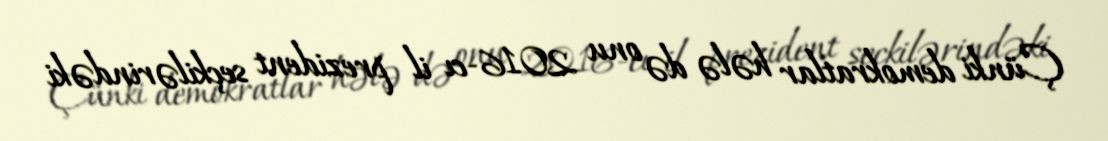
Çünki demokratlar hələ də onu 2016-cı il prezident seçkilərindəki